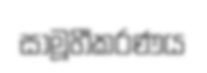
සාමූහීකරණය